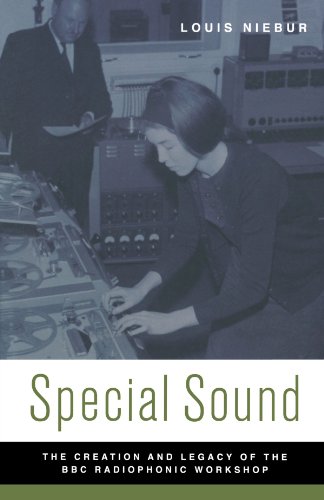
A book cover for Special Sound: The Creation and Legacy of the BBC Radiophonic Workshop (Oxford Music / Media); Louis Niebur; Humor & Entertainment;